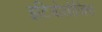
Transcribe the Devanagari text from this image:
इटियोलोजिक